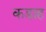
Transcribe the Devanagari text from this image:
कडाह